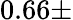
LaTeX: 0.66\pm